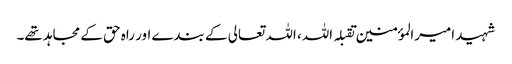
شہید امیرالمؤمنین تقبلہ اللہ، اللہ تعالی کے بندے اور راہ حق کے مجاہد تھے۔